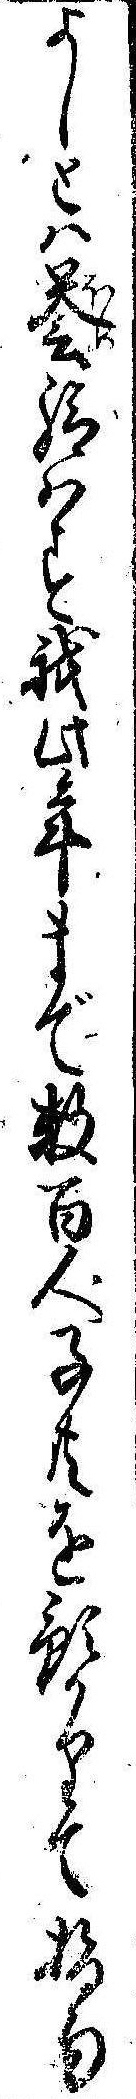
よしとは誉給はす我此年まで数百人子供を預かりて指南